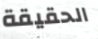
الحقيقة